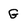
Character: G